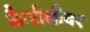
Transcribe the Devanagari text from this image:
कैन्टीलीवर